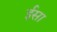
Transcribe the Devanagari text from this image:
र्इसा